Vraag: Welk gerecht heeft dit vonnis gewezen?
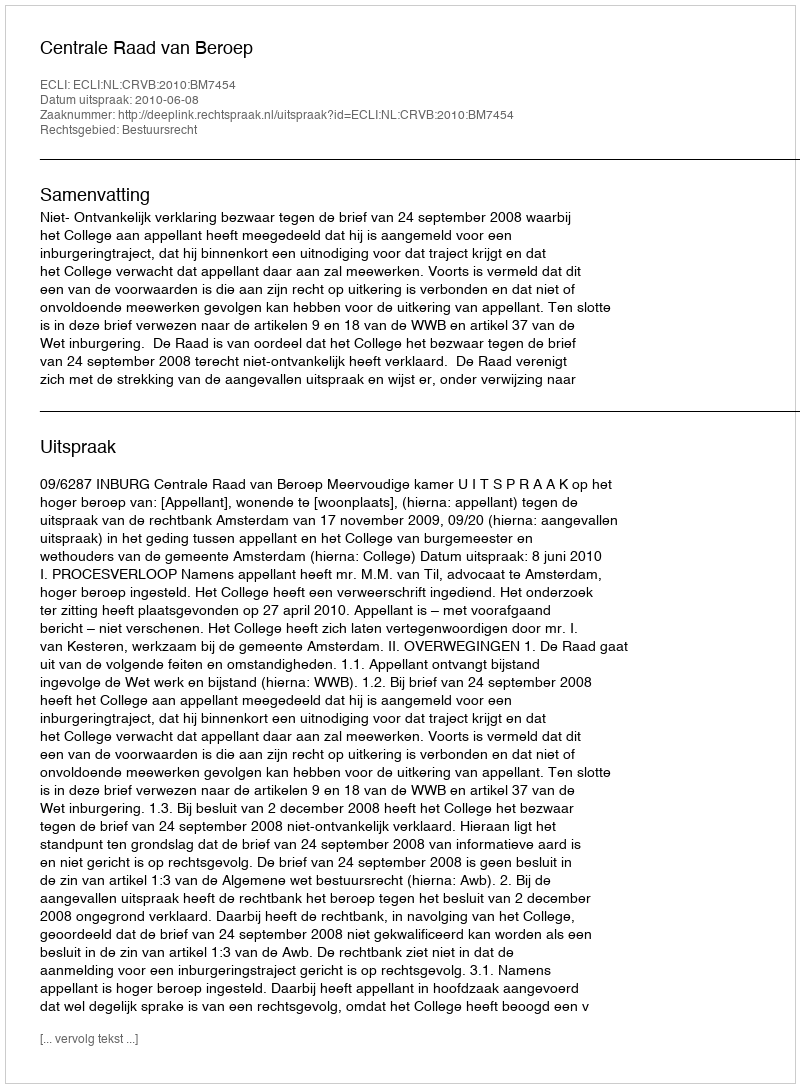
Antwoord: Centrale Raad van Beroep